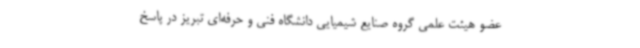
عضو هیئت علمی گروه صنایع شیمیایی دانشگاه فنی و حرفه‌ای تبریز در پاسخ